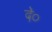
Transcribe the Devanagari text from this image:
दे०